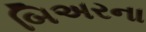
બિઅરના